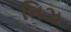
બિઝ